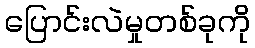
ပြောင်းလဲမှုတစ်ခုကို